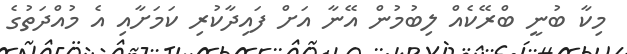
މިކާ ބުނީ ބްރޭކެއް ލިބުމުން އޭނާ އަށް ފައިދާކުރި ކަމަށާއި އެ މުއްދަތުގެ